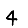
Digit: 4